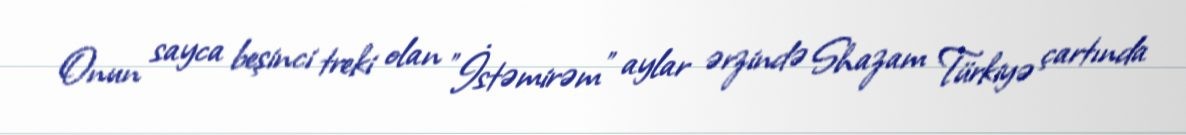
Onun sayca beşinci treki olan "İstəmirəm" aylar ərzində Shazam Türkiyə çartında